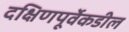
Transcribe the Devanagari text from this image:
दक्षिणपूर्वेकडील